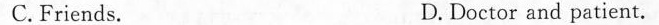
( )8.A.He's kind. B.He's fun.